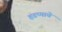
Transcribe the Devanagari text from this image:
हडप्पाचे